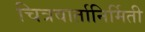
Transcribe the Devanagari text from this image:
चित्रवार्तानिर्मिती